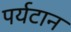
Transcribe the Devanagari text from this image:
पर्यटान